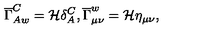
\overline { { \Gamma } } _ { A w } ^ { C } = { \cal H } \delta _ { A } ^ { C } , \overline { { \Gamma } } _ { \mu \nu } ^ { w } = { \cal H } \eta _ { \mu \nu } ,